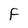
Character: F